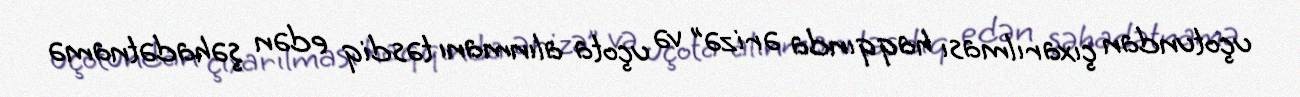
uçotundan çıxarılması haqqında ərizə” və uçota alınmanı təsdiq edən şəhadətnamə